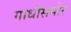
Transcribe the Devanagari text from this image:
गांधींसमोर